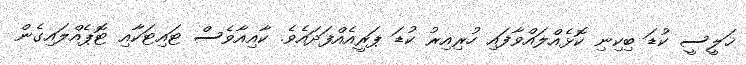
ޚަލީސީ ކުޑަ ބިކިނި ކޮޅެއްލައްވާފައި ހުރިއިރު ކުޑަ ޕަރީއެއްފަދައެވެ. ކާއިއާވެސް ޓައިޓަކާއި ޓޮޕެއްލައިގެން